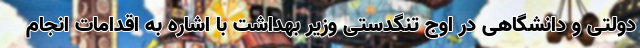
دولتی و دانشگاهی در اوج تنگدستی وزیر بهداشت با اشاره به اقدامات انجام